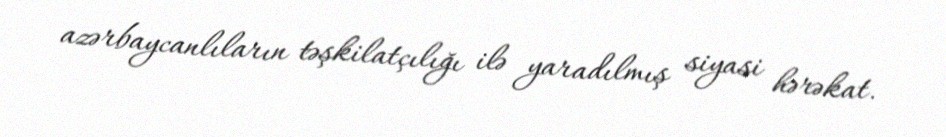
azərbaycanlıların təşkilatçılığı ilə yaradılmış siyasi hərəkat.